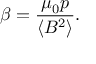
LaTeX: \beta = { \frac { \mu _ { 0 } p } { \langle B ^ { 2 } \rangle } } .